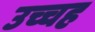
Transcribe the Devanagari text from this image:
उच्चह